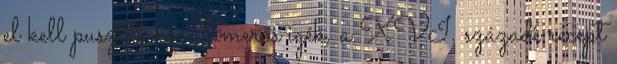
el kell pusztítani Ismerős igék, a XVI. századi recept